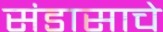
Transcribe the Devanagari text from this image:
संडासाचे